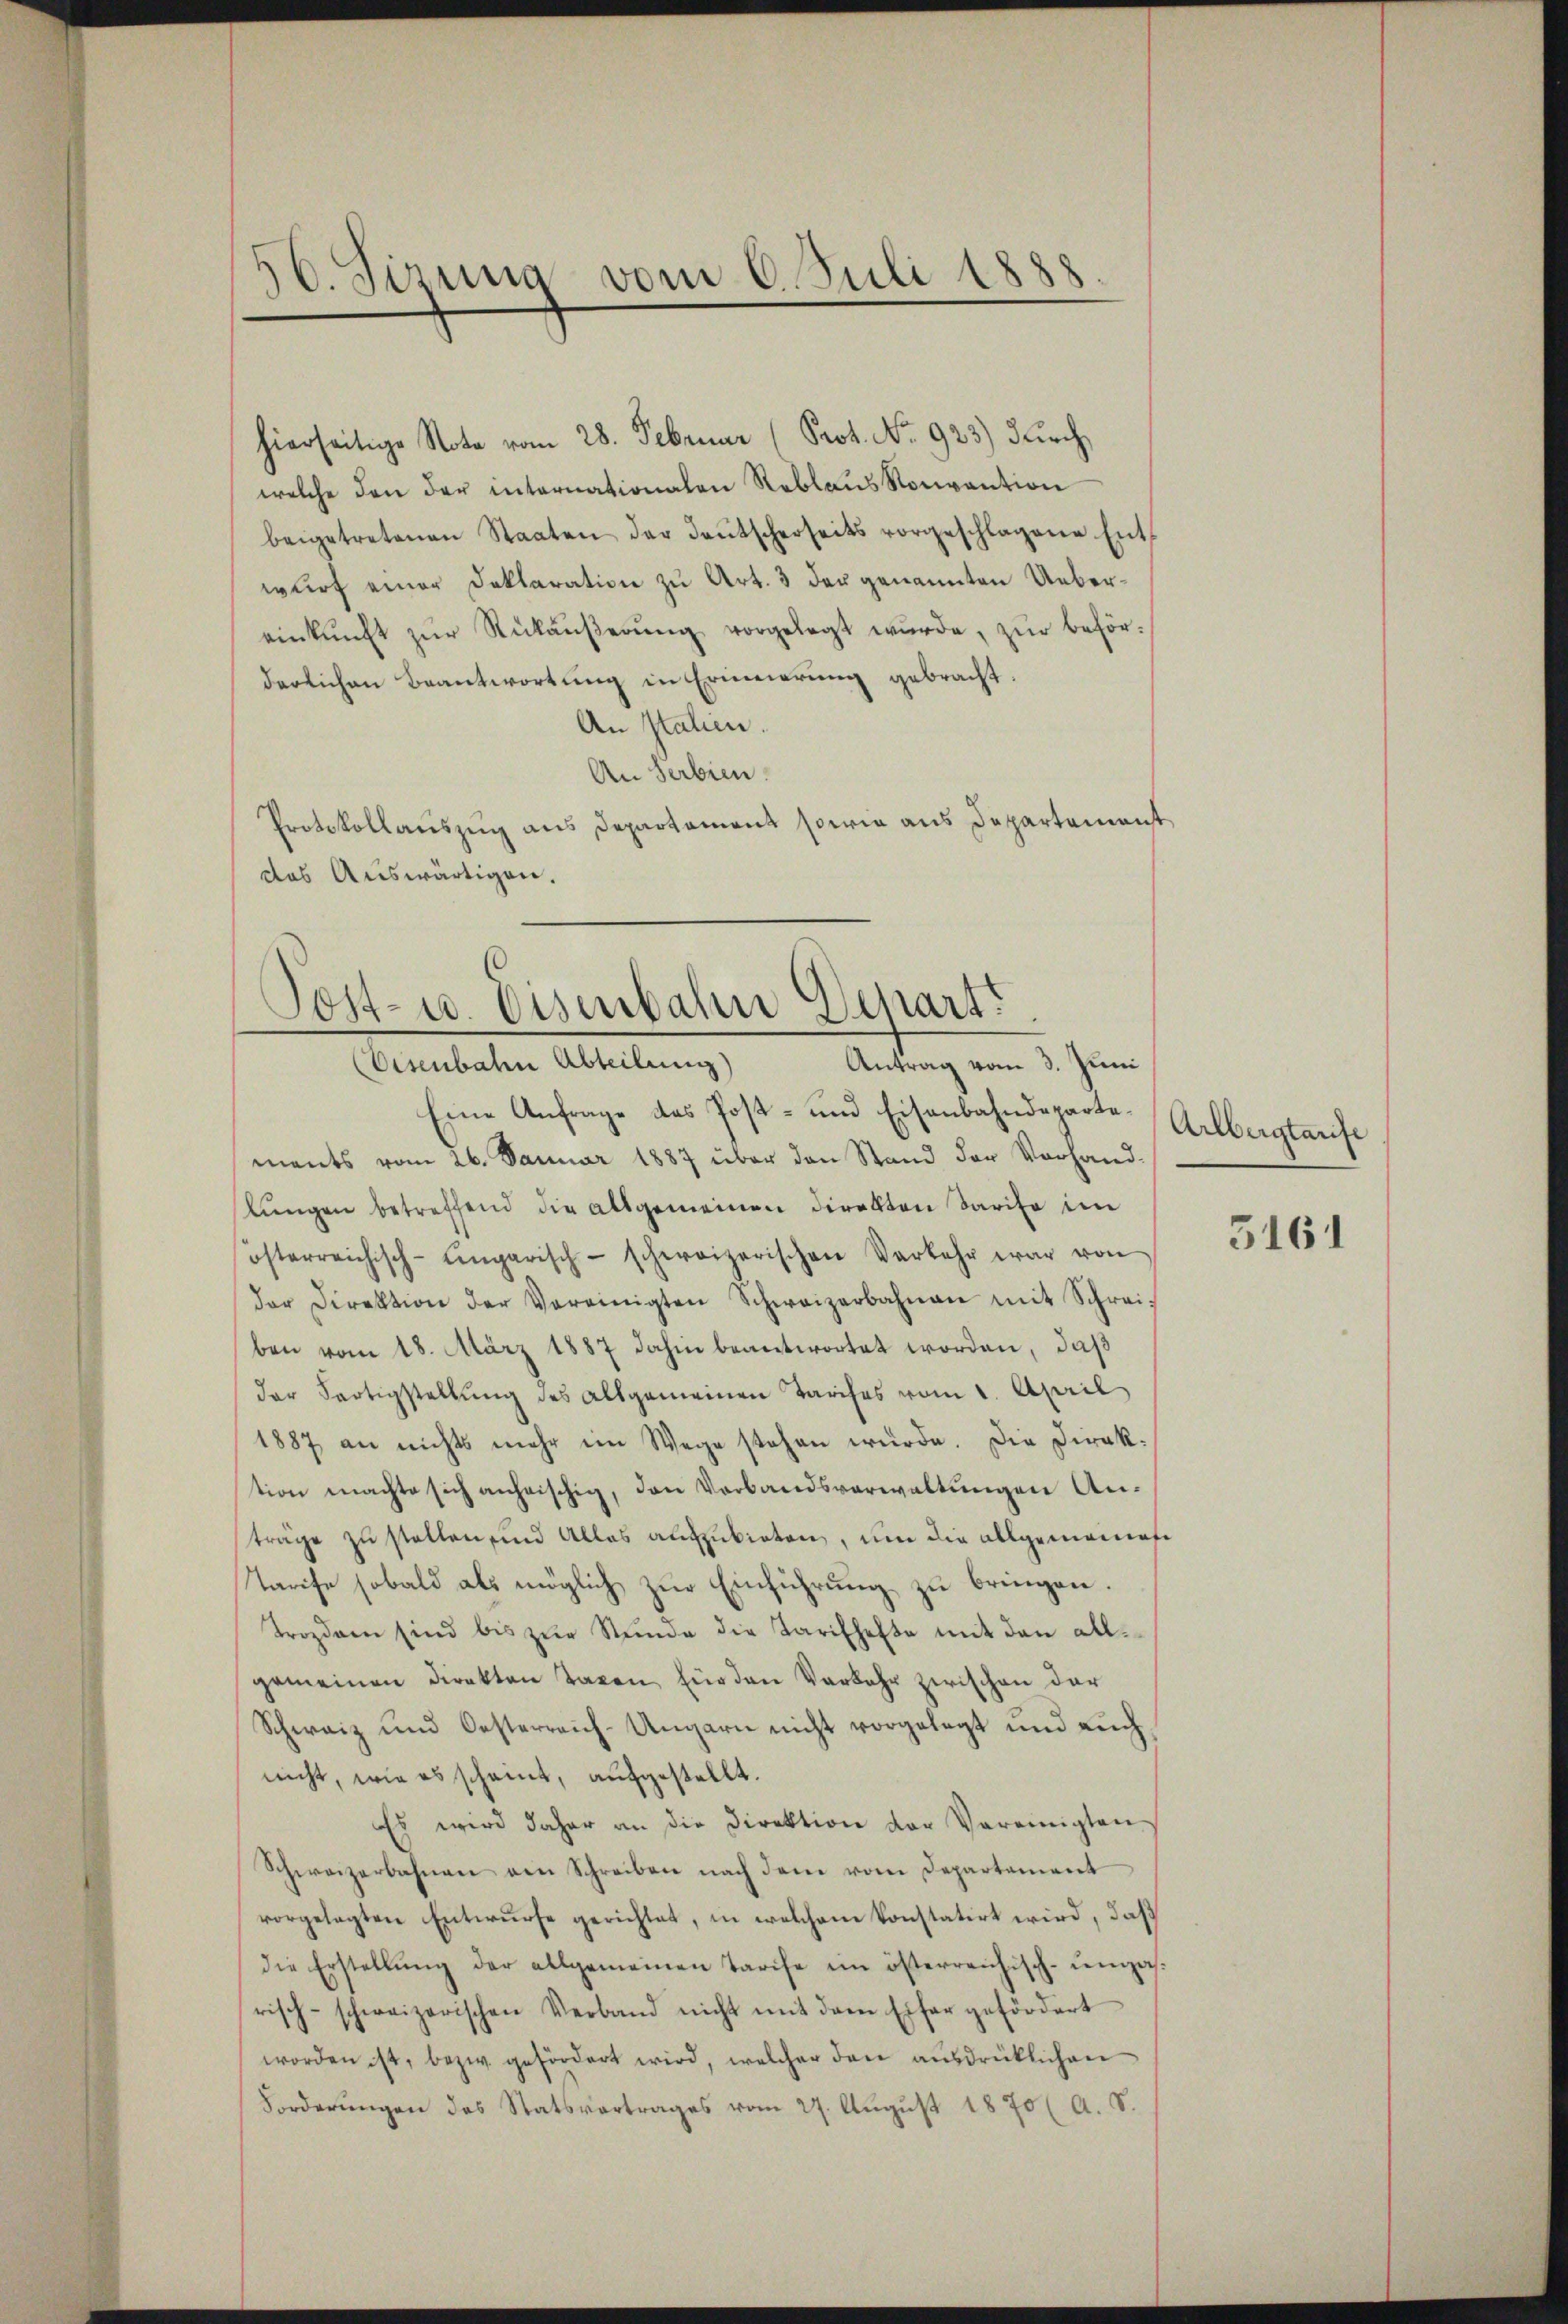
6. Sizung vom 6. Juli 1888.

hierseitige Note vom 28. Februar (Prot. No. 923) durch
welche den der internationalen Reblaus Konvention
beigetretenen Staaten der Taŭtscherseits vorgeschlagene Ent-
wurf einer Deklaration zu Art. 3 der genannten Uebereinkunft zŭr Rükaŭβerŭng vorgelegt wŭrde, zŭr behörderlichen Beantwortung in Erinnerung gebracht.
An Italien.
An Serbien
Protokollauszug aus Departament sowie aus Departemonst
das Auswärtigen.

Post- u Eisenbahn Departi
Antrag vom 3. Juni
(Eisenbahn Abteilung)

Eine Anfrage des Post- und Eisenbahndepartements vom 26. Januar 1887 über den Stand der Vorhand-
lŭngen betreffend die allgemeinen Direkten Sarife im
österreichisch-ungarisch-schweizerischen Verkehr war von
der Direktion der Vereinigten Schweizerbahnen mit Schrei-
ben vom 18. März 1887 dahin beantwortet worden, daß
der Fertigstellung des allgemeinen Tarifes vom 1. April
1887 an nichts mehr ein Wege stehen würde. Die Dirak-
tion machte sich anheischig, den Verbandsverwaltungen Anträge zu stellen, und Alles auszubieten, um die allgemeinen
Tarife sobald als möglich zur Einführung zu bringen.
Trozdann sind bis zŭr Stŭnde die Tarifhefte mit den all-
gemeinen Direkten Taxen, für den Verkehr zwischen der
Schweiz und Oesterreich-Ungarn nicht vorgelegt und aŭch
nicht, wie es scheint, aufgestellt.
Es wird daher an die Direktion der Vereinigten.
Schweizerbahnen von Schreiben nach dem vom Departement
vorgelegten Entwurfe gerichtet, in welchem konstatirt wird, daß
die Erstellung der allgemeinen Tarife im österreichisch-ungarisch-schweizerischen Verband nicht mit dem Eifer gefördert
worden ist, bezw. gefördert wird, welcher den ausdrücklichen
Forderŭngen des Statsvertrages vom 27. Aŭgŭst 1870 (A. S.

Arlbergtarife

3161